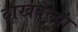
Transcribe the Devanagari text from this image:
दाखवेल्या